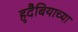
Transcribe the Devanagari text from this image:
हुदैबियाच्या